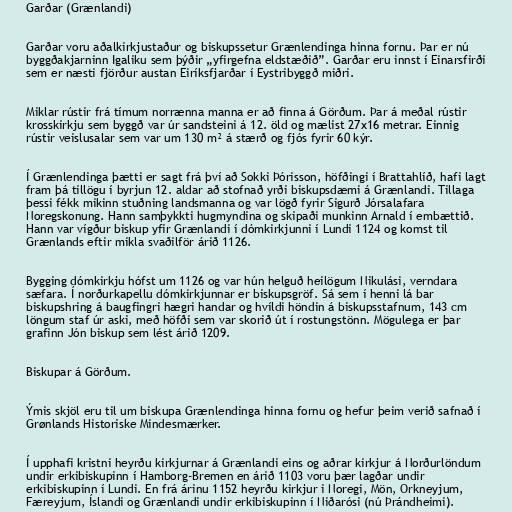
Garðar (Grænlandi)

Garðar voru aðalkirkjustaður og biskupssetur Grænlendinga hinna fornu. Þar er nú
byggðakjarninn Igaliku sem þýðir „yfirgefna eldstæðið”. Garðar eru innst í Einarsfirði
sem er næsti fjörður austan Eiríksfjarðar í Eystribyggð miðri.

Miklar rústir frá tímum norrænna manna er að finna á Görðum. Þar á meðal rústir
krosskirkju sem byggð var úr sandsteini á 12. öld og mælist 27x16 metrar. Einnig
rústir veislusalar sem var um 130 m² á stærð og fjós fyrir 60 kýr.

Í Grænlendinga þætti er sagt frá því að Sokki Þórisson, höfðingi í Brattahlíð, hafi lagt
fram þá tillögu í byrjun 12. aldar að stofnað yrði biskupsdæmi á Grænlandi. Tillaga
þessi fékk mikinn stuðning landsmanna og var lögð fyrir Sigurð Jórsalafara
Noregskonung. Hann samþykkti hugmyndina og skipaði munkinn Arnald í embættið.
Hann var vígður biskup yfir Grænlandi í dómkirkjunni í Lundi 1124 og komst til
Grænlands eftir mikla svaðilför árið 1126.

Bygging dómkirkju hófst um 1126 og var hún helguð heilögum Nikulási, verndara
sæfara. Í norðurkapellu dómkirkjunnar er biskupsgröf. Sá sem í henni lá bar
biskupshring á baugfingri hægri handar og hvíldi höndin á biskupsstafnum, 143 cm
löngum staf úr aski, með höfði sem var skorið út í rostungstönn. Mögulega er þar
grafinn Jón biskup sem lést árið 1209.

Biskupar á Görðum.

Ýmis skjöl eru til um biskupa Grænlendinga hinna fornu og hefur þeim verið safnað í
Grønlands Historiske Mindesmærker.

Í upphafi kristni heyrðu kirkjurnar á Grænlandi eins og aðrar kirkjur á Norðurlöndum
undir erkibiskupinn í Hamborg-Bremen en árið 1103 voru þær lagðar undir
erkibiskupinn í Lundi. En frá árinu 1152 heyrðu kirkjur i Noregi, Mön, Orkneyjum,
Færeyjum, Íslandi og Grænlandi undir erkibiskupinn í Niðarósi (nú Þrándheimi).